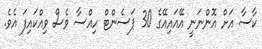
ކާސާ އަށް އޮންނަނީ އޭއައިއޭގެ 30 ޕަސެންޓް ހިއްސާ ވެސް ވިއްކައިފަ އެވެ.